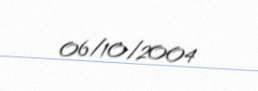
06/10/2004